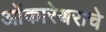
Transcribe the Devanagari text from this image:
ओंकारेश्वराचे